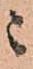
ニ